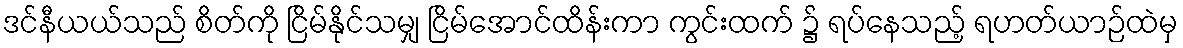
ဒင်နီယယ်သည် စိတ်ကို ငြိမ်နိုင်သမျှ ငြိမ်အောင်ထိန်းကာ ကွင်းထက် ၌ ရပ်နေသည့် ရဟတ်ယာဉ်ထဲမှ